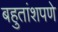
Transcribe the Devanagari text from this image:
बहुतांशपणे